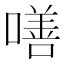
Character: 𠾺